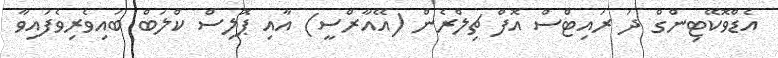
އެޑްވޮކޭޓިންގް ދަ ރައިޓްސް އޮފް ޗިލްރެން (އޭއާރްސީ) އާއި ޕޮލިސް ކްލަބް ބައިވެރިވެފައިވާ